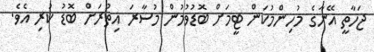
ޖަހާތީ އޭނާގެ މުހިންމުކަން ޓީމަށް ބޮޑުވުމުން މުސާރަ އިތުރަށް ބޮޑު ކުރި އެވެ.